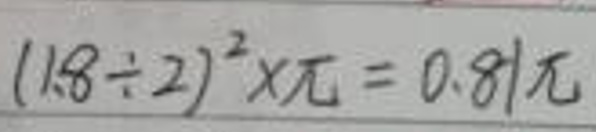
$(1.8\div 2)^{2}\times\pi=0.81\pi$